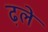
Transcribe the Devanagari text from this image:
ढ़ले